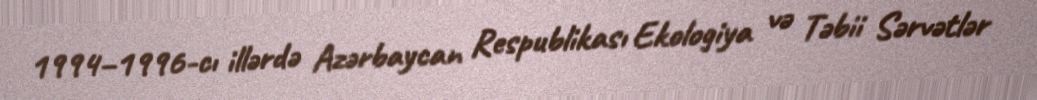
1994–1996-cı illərdə Azərbaycan Respublikası Ekologiya və Təbii Sərvətlər